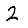
Digit: 2